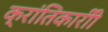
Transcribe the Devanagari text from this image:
क्रांतिकारीी